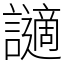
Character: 讁